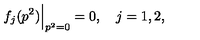
f _ { j } ( p ^ { 2 } ) { \Big | } _ { p ^ { 2 } = 0 } = 0 , \quad j = 1 , 2 ,